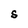
Character: S